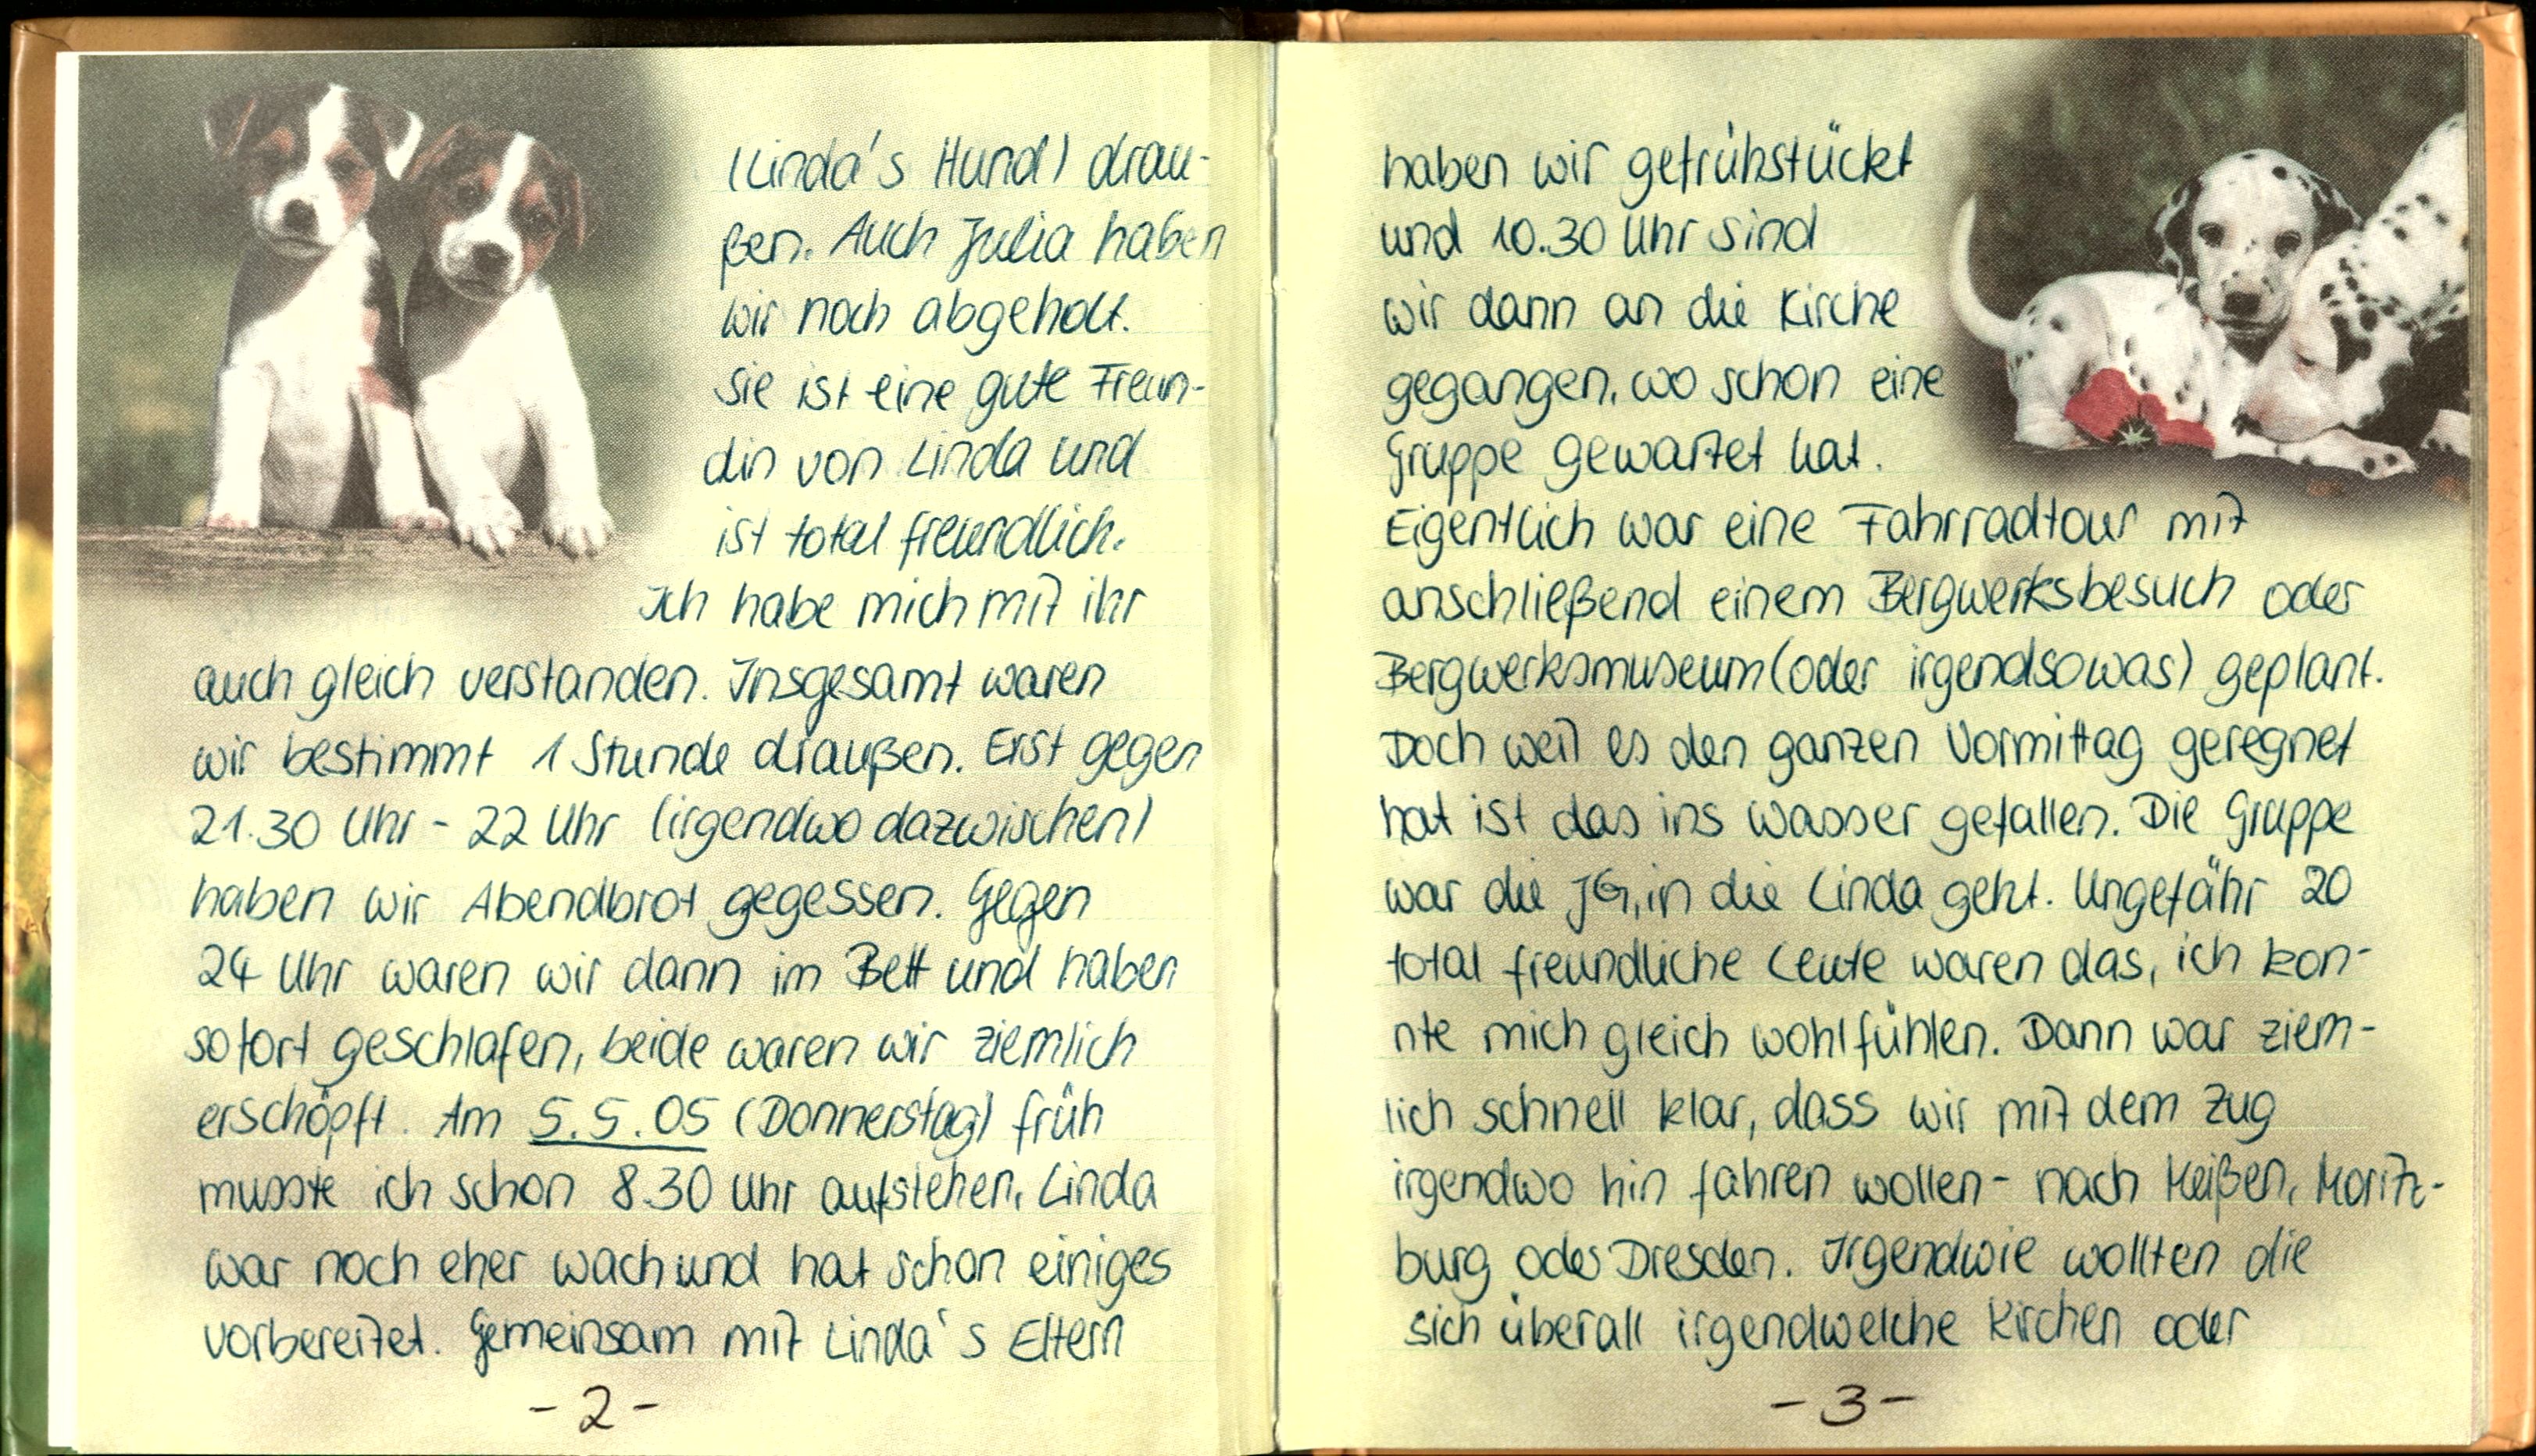
(Linda's Hund) drau-
ßen. Auch Julia haben
wir noch abgeholt.
Sie ist eine gute Freun-
din von Linda und
ist total freundlich.
Ich habe mich mit ihr
auch gleich verstanden. Insgesamt waren
wir bestimmt 1 Stunde draußen. Erst gegen
21.30 Uhr - 22 Uhr (irgendwo dazwischen)
haben wir Abendbrot gegessen. Gegen
24 Uhr waren wir dann im Bett und haben
sofort geschlafen, beide waren wir ziemlich
erschöpft. Am 5.5.05 (Donnerstag) früh
musste ich schon 8.30 Uhr aufstehen, Linda
war noch eher wach und hat schon einiges
vorbereitet. Gemeinsam mit Linda's Eltern

haben wir gefrühstückt
und 10.30 Uhr sind
wir dann an die Kirche
gegangen, wo schon eine
Gruppe gewartet hat.
Eigentlich war eine Fahrradtour mit
anschließend einem Bergwerksbesuch oder
Bergwerksmuseum (oder irgendsowas) geplant.
Doch weil es den ganzen Vormittag geregnet
hat ist das ins Wasser gefallen. Die Gruppe
war die JG, in die Linda geht. Ungefähr 20
total freundliche Leute waren das, ich kön-
nte mich gleich wohlfühlen. Dann war ziem-
lich schnell klar, dass wir mit dem Zug
irgendwo hin fahren wollen - nach Meißen, Moritz-
burg oder Dresden. Irgendwie wollten die
sich überall irgendwelche Kirchen oder